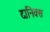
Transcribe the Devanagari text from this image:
दानिक्स